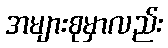
အများစုမှာလည်း